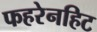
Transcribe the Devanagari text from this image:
फहरेनहिट